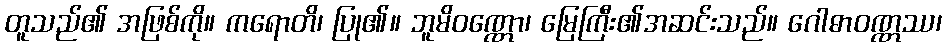
တူသည်၏ အဖြစ်ကို။ ကရောတိ၊ ပြု၏။ ဘူမိဝဏ္ဏော၊ မြေကြီး၏အဆင်းသည်။ ဂေါဓာဝဏ္ဏဿ၊